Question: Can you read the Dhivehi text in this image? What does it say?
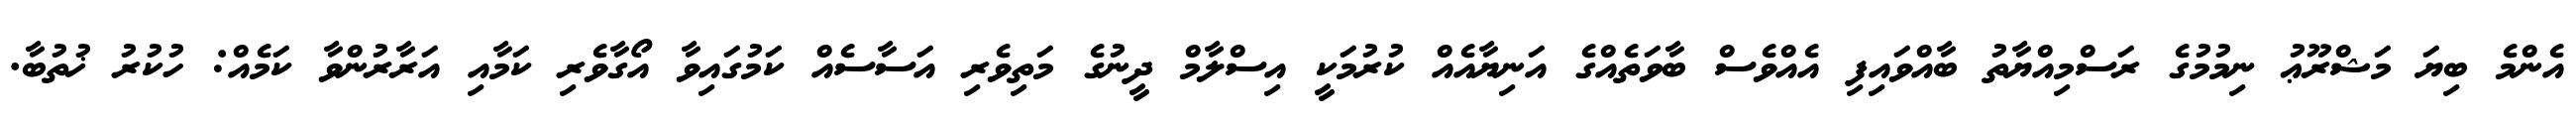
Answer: އެންމެ ބިޔަ މަޝްރޫޢު ނިމުމުގެ ރަސްމިއްޔާތު ބާއްވައިފި އެއްވެސް ބާވަތެއްގެ އަނިޔާއެއް ކުރުމަކީ އިސްލާމް ދީނުގެ މަތިވެރި އަސާސެއް ކަމުގައިވާ އޯގާވެރި ކަމާއި އަރާރުންވާ ކަމެއް: ހުކުރު ޚުތުބާ.